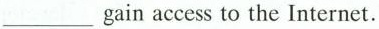
___ gain access to the Internet.